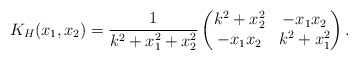
\begin{align*}K_H(x_1,x_2)=\frac{1}{k^2+x_1^2+x_2^2}\begin{pmatrix}k^2+x_2^2 & -x_1x_2 \\-x_1x_2 & k^2+x_1^2\end{pmatrix}.\end{align*}